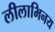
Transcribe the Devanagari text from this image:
लीलाभिनय